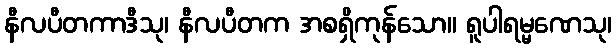
နီလပီတကာဒီသု၊ နီလပီတက အစရှိကုန်သော။ ရူပါရမ္မဏေသု၊